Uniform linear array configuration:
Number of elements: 16
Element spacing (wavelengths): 1
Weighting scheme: uniform
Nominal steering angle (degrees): -15
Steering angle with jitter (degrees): -16.355
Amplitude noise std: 0.05
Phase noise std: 0.05

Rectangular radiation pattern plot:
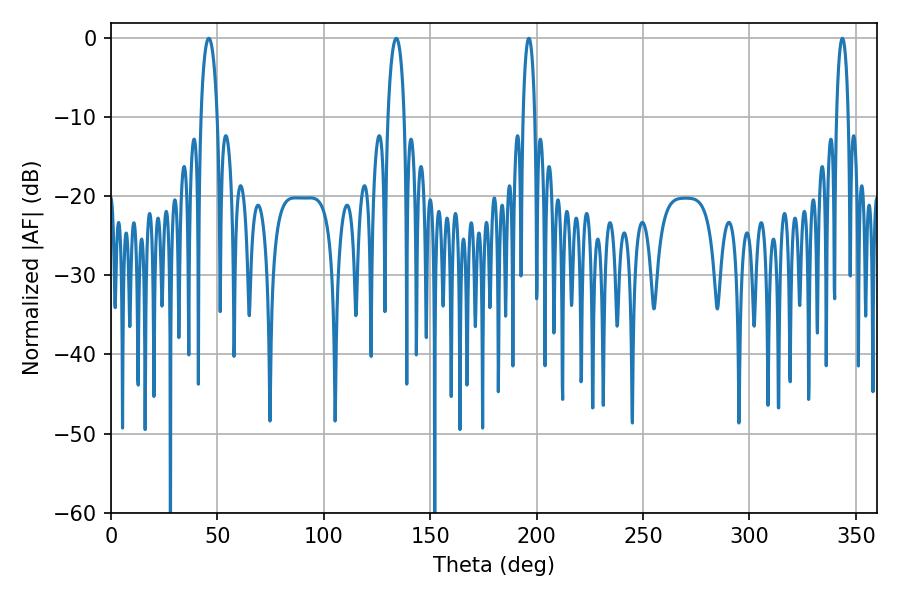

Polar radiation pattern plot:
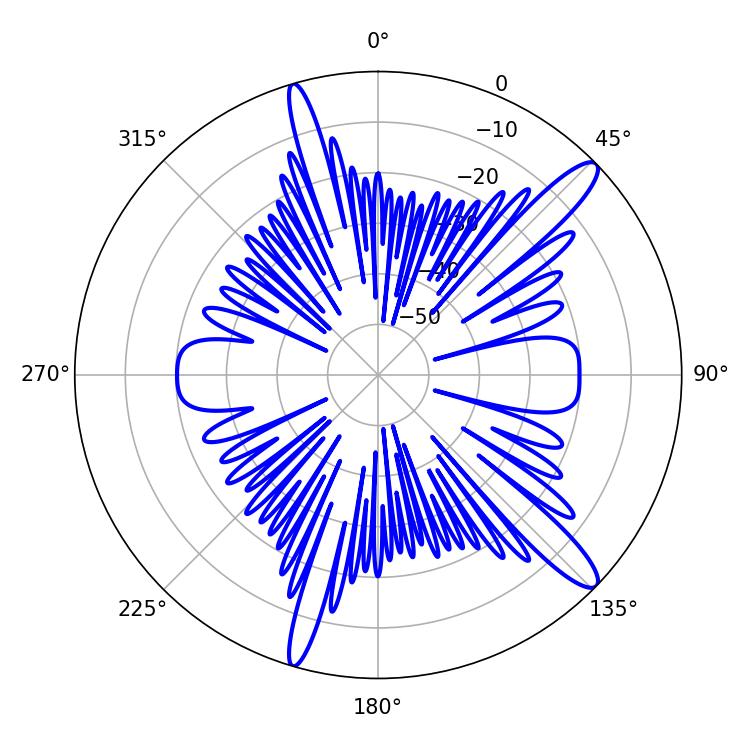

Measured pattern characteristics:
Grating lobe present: TRUE
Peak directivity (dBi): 13.45
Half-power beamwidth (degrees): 4.5
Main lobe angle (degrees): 45.9